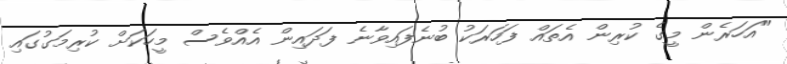
"އަހަރެން މީގެ ކުރިން އެތައް ފަހަރަކު ބުނެފައިވާނެ ފަދައިން އެއްވެސް މީހަކަށް ކުރިމަގުގައި